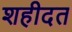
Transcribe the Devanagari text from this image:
शहीदत